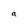
Character: a